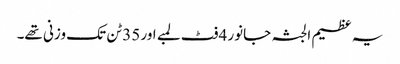
یہ عظیم الجثہ جانور 4فٹ لمبے اور 35ٹن تک وزنی تھے۔